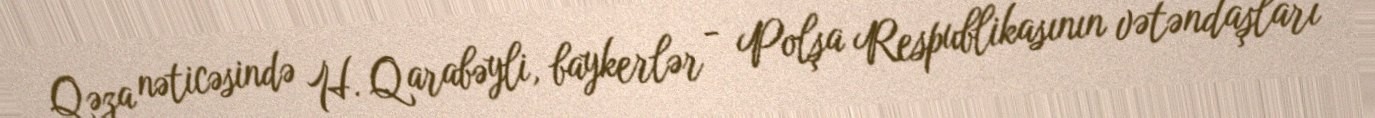
Qəza nəticəsində H. Qarabəyli, baykerlər - Polşa Respublikasının vətəndaşları